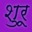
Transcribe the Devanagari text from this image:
शुरू